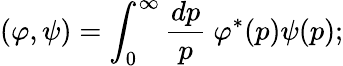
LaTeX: (\varphi,\psi)=\int_{0}^{\infty}\frac{dp}{p}\ \varphi^{*}(p)\psi(p);